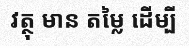
វត្ថុ មាន តម្លៃ ដើម្បី